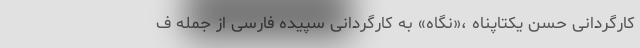
کارگردانی حسن یکتاپناه ،«نگاه» به کارگردانی سپیده فارسی از جمله ف